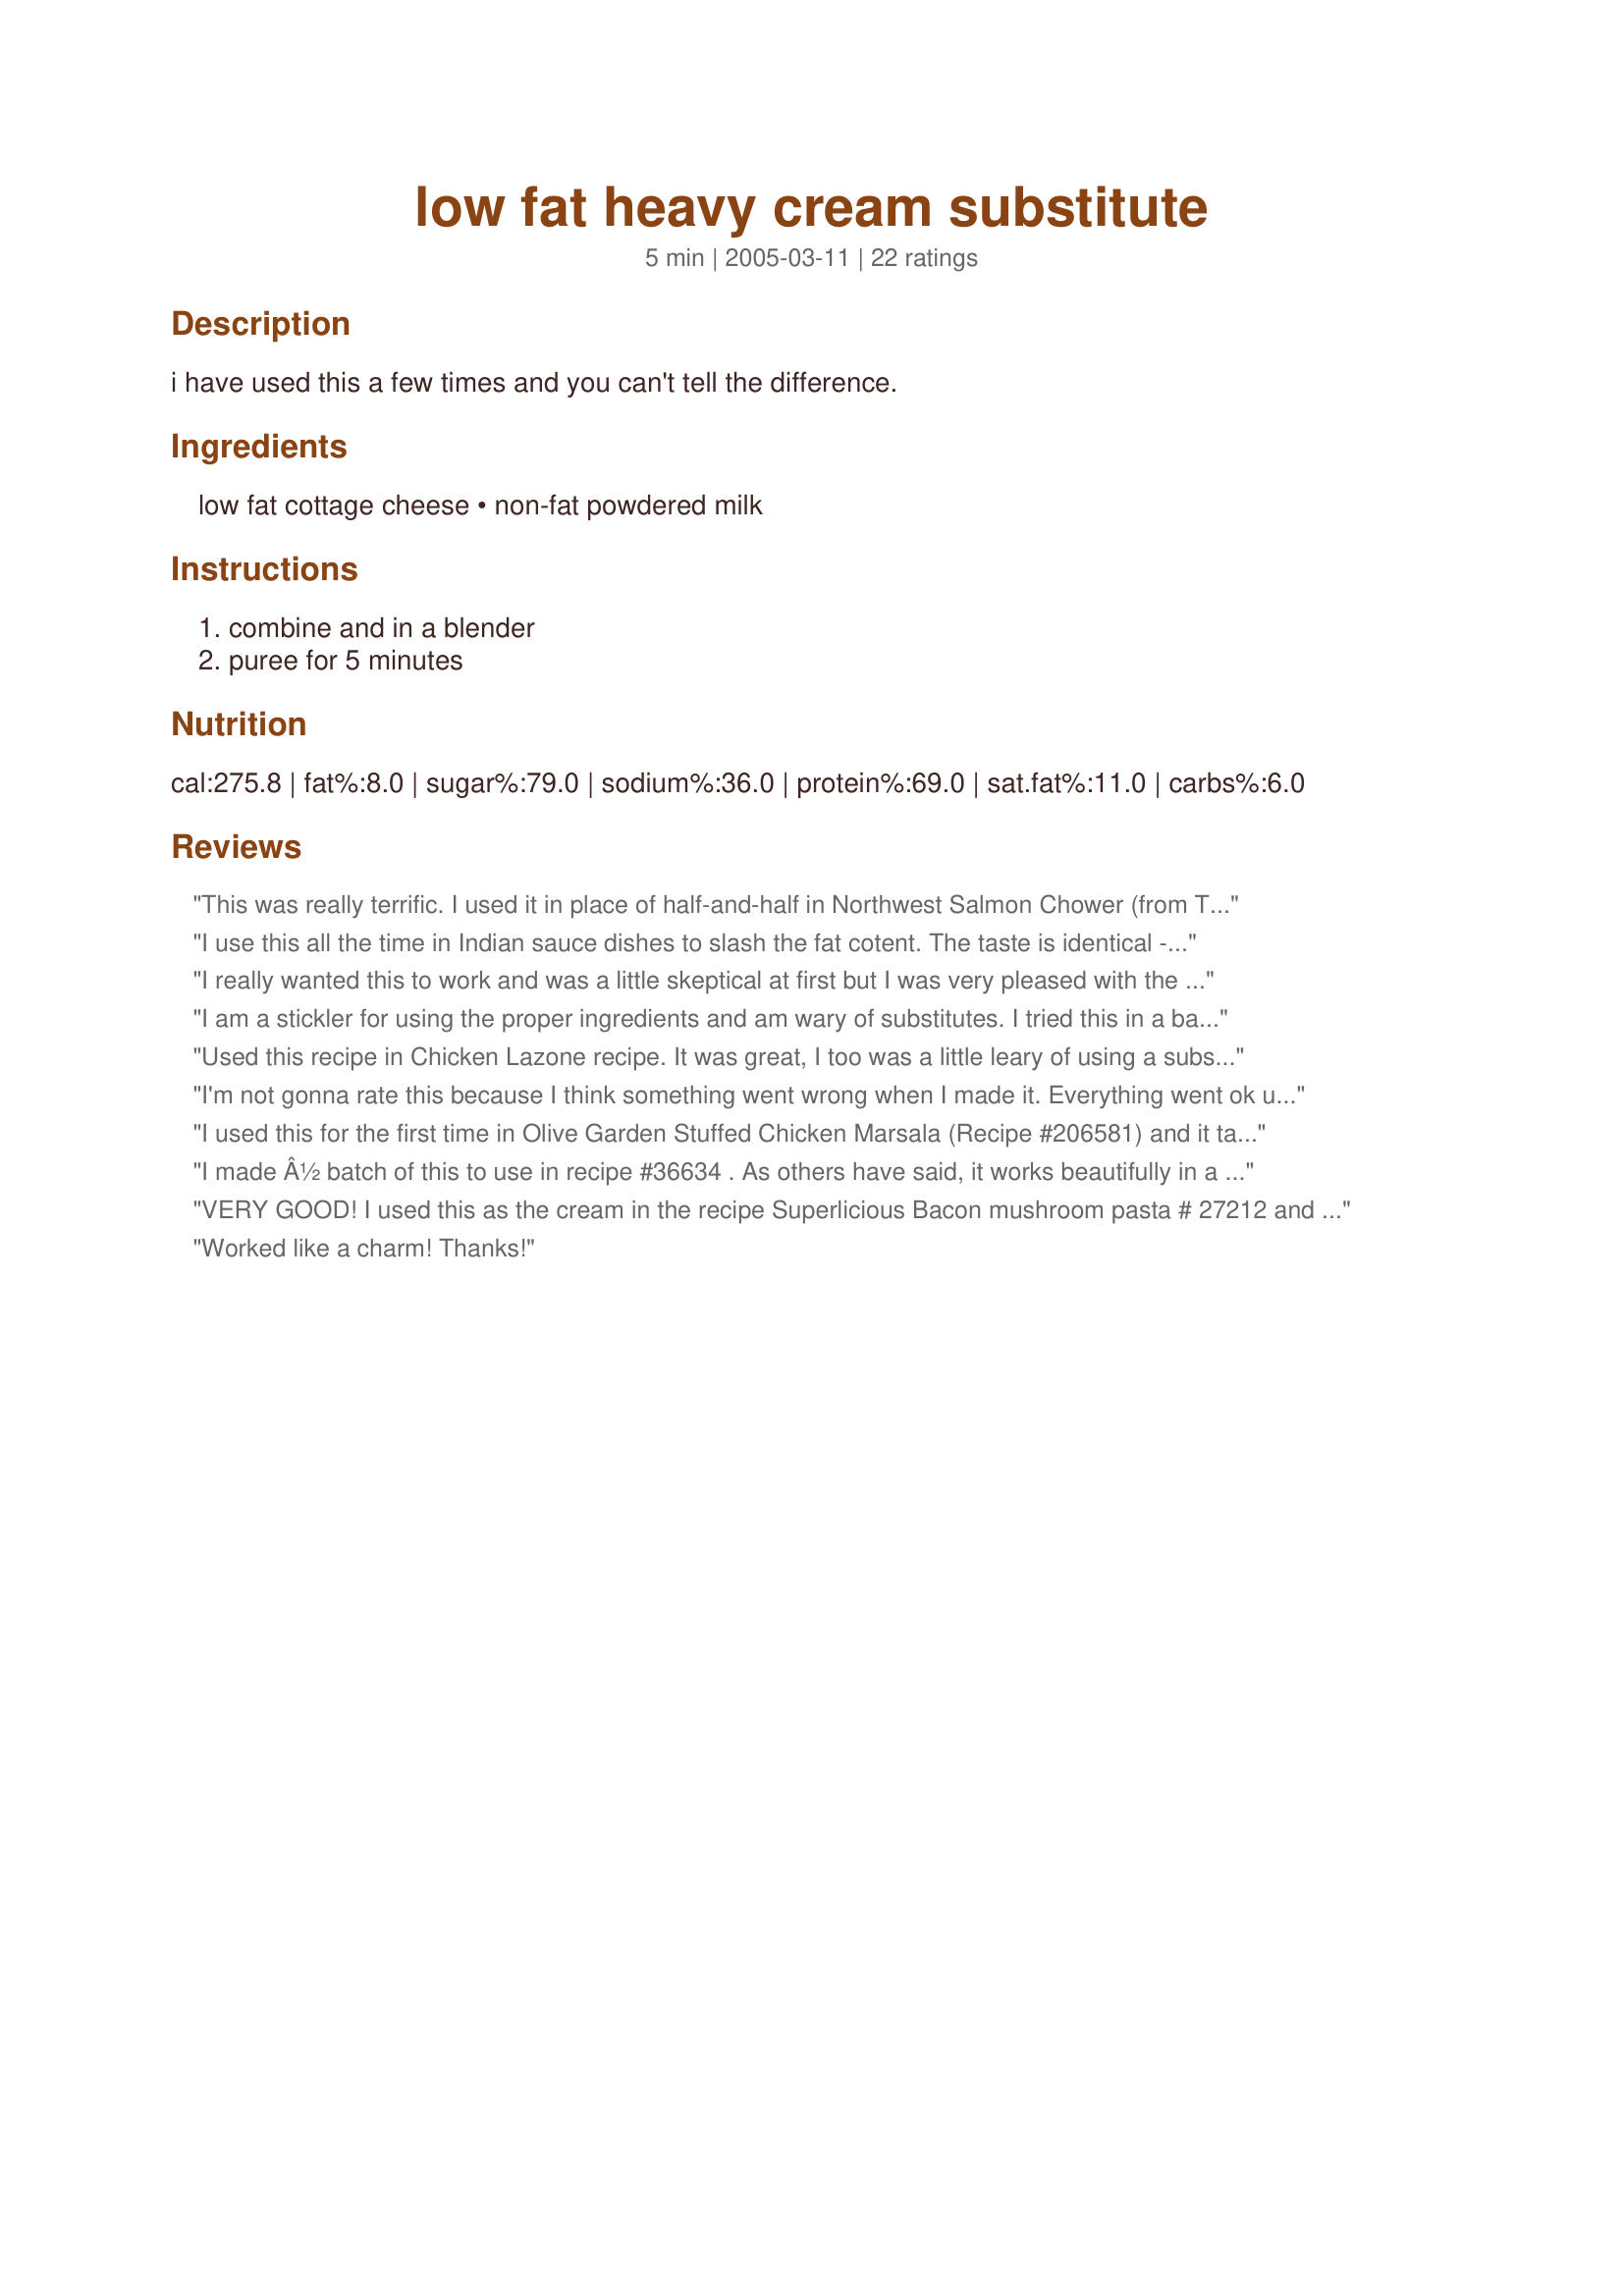
low fat heavy cream substitute
Preparation time: 5 minutes

i have used this a few times and you can't tell the difference.

Ingredients:
low fat cottage cheese, non-fat powdered milk

Steps:
combine and in a blender, puree for 5 minutes

Reviews:
This was really terrific. I used it in place of half-and-half in Northwest Salmon Chower (from TasteofHome.com--very good) and it couldn't have been better. I had only fat-free cottage cheese and it was still wonderful. Thanks so much for the recipe.
I use this all the time in Indian sauce dishes to slash the fat cotent. The taste is identical -- the only difference is in texture, which can be slightly slightly grainy sometimes. Still well worth the trade-off -- especially because it is easy to prep.
I really wanted this to work and was a little skeptical at first but I was very pleased with the outcome!! After pureeing the ingredients the substitute is much thicker than heavy cream but works well after being completely incorporated into the dish. I used it in place of cream for Chicken Sausage Farfalle (#193880) with very tasty results. No one will ever guess that it is cottage cheese! Thanks!
I am a stickler for using the proper ingredients and am wary of substitutes. I tried this in a batch of Zuppa Toscano. Regarding flavor, my wife and I couldn&#039;t tell the difference and I would use it again in a soup/stew recipe. I did note that when it was added to the hot broth at the end of the cooking, it did curdle slightly. However, as I stirred, it eventually blended with the broth.
Used this recipe in Chicken Lazone recipe. It was great, I too was a little leary of using a substitute ,but this is definatly a keeper.
I'm not gonna rate this because I think something went wrong when I made it. Everything went ok until I added it to my pasta dish (which I had cooled somewhat) when it curdled and went rather disgusting! Clearly I've made a grievous error somewhere as noone else has had that problem, so I will have to try again at some point.
I used this for the first time in Olive Garden Stuffed Chicken Marsala (Recipe #206581) and it tasted great. I found a recipe on another site that I was going to use that used ricotta, tapioca and water, but this is much more simple and my other one took one hr. Thank you very much, now I can make recipes that need hvy cream.
I made Â½ batch of this to use in recipe #36634 . As others have said, it works beautifully in a cream sauce! It took nowhere near 5 minutes (more like 1 minute ) to get thick and fluffy. It blended into the sauce quickly with no graininess. That said, the uncooked taste was not like heavy cream. The powdered milk whang was very predominant. I would not hesitate to use this again in a cooked dish but would be skeptical of using it an uncooked dish where the taste would be more evident. Thanks for posting a recipe that I am sure to use time and time again!
VERY GOOD! I used this as the cream in the recipe Superlicious Bacon mushroom pasta # 27212 and it turned out excellent! I will be using this again and again! Thanks for sharing.
Worked like a charm! Thanks!
The first time I used this was in a recipe where the heavy cream was a minor ingredient- and I couldn't tell the difference. This time I used it as the base for "Olive Garden Alfredo Sauce" Recipe #59913. I've made enough alfredo sauces to know that this substitute changed the texture a bit, but the flavor was terrific! Well worth it to lower the fat content of one of the most artery-clogging (and tastiest) sauces known to man!
So I love this idea but I&#039;m with Wendy-Bob I used this one time in a pasta dish and it was perfect.&lt;br/&gt;&lt;br/&gt;I used it again in a slightly cooled pasta dish (removed from the heat) and it curdled and got gross. Not sure what I did differently. If you can get it to work for you it&#039;s perfect. I&#039;m going to keep trying and next time I&#039;ll either temper in some hot liquid or try nuking it in the microwave for a few seconds to heat before stirring it in.
I am sooo glad to have found this recipe! I used this to make fettucine alfredo last night and my son didn't have a clue that it wasn't the usual 'heart attack on a plate' alfredo. It was so AWESOME to eat it without feeling like I had to run longer on the treadmill to make up for the indulgence. Thank you so much!
I was a little sceptical if this working, as well, but based on others reviews I thought I'd give it a shot. I used it in recipe #234645 and it worked very well. I'll use this again, without hesitation, in other cream based dishes. Thank you for sharing this.
Ooooooooooooooooh!! I can't wait to try this!!
Just used this to make Butter Chicken from Recipe 88578 on this site. It worked beautifully. This stuff whips up very thickly, almost like whipped cream or pudding and it incorporates into the sauce very well. I had no graininess at all, though I did use the high speed on my blender (which did not like running for 5 minutes!).

Highly recommended. Thanks for posting. I will use this often.
Love this! Worked well in my recipe. Thank you for this great recipe.
Worked great! I used this for http://www.recipezaar.com/32735 and I couldn't taste a difference. Thanks, I'll use this recipe more often!
This was a great substitute for heavy cream when I didn't have any and didn't feel like getting any when I only needed a small amount. I did this in my food processor and it didn't come out as smooth but still worked for the soup I made. Thanks!
I found this little gem of a recipe one day and I have used it several times with no problems. I have only used it in cooked dishes so I dont know how it would perform otherwise.
What a find! I can't believe how great this is. WONDERFUL texture; I had no graininess at all; it was wonderfully thick and smooth. I made this up to use in a creamed spinach recipe, but I'm now thinking of all sorts of uses -- and I'm going to try the grand science experiment this summer, and use it to make ice cream. Thanks so much for posting this!
I will use this again and again. I added 3 tbs of non fat creamo to thin it out a bit but depending on what I am using it for I may or may not do that again. Thanks for sharing.
